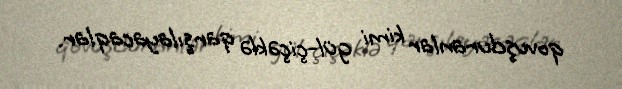
qovuşduranlar kimi gül-çiçəklə qarşılayacaqlar.